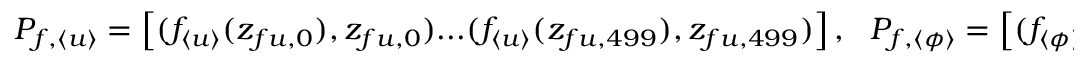
\begin{array} { r } { P _ { f , \langle u \rangle } = \left[ ( f _ { \langle u \rangle } ( z _ { f u , 0 } ) , z _ { f u , 0 } ) . . . ( f _ { \langle u \rangle } ( z _ { f u , 4 9 9 } ) , z _ { f u , 4 9 9 } ) \right] , \ \ P _ { f , \langle \phi \rangle } = \left[ ( f _ { \langle \phi \rangle } ( z _ { f \phi , 0 } ) , z _ { f \phi , 0 } ) . . . ( f _ { \langle \phi \rangle } ( z _ { f \phi , 4 9 9 } ) , z _ { f \phi , 4 9 9 } ) \right] . } \end{array}